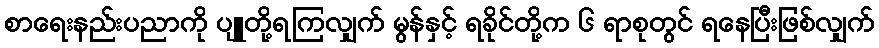
စာရေးနည်းပညာကို ပျူတို့ရကြလျှက် မွန်နှင့် ရခိုင်တို့က ၆ ရာစုတွင် ရနေပြီးဖြစ်လျှက်